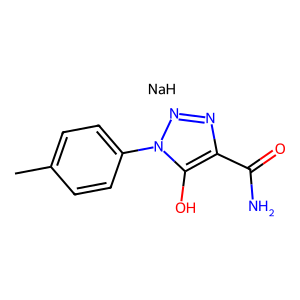
SMILES: Cc1ccc(-n2nnc(C(N)=O)c2O)cc1.[NaH]
Inhibits HIV replication: No